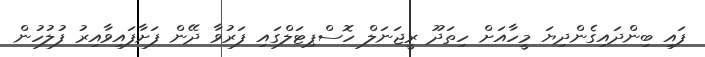
ފައި ބިންދައިގެންދިޔަ މީހާއަށް ހިތަދޫ ރީޖަނަލް ހޮސްޕިޓަލްގައި ފަރުވާ ދޭން ފަށާފައިވާއިރު ފުލުހުން